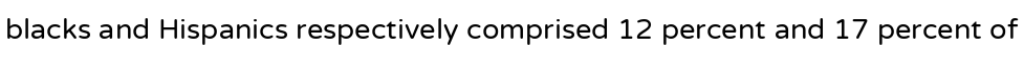
blacks and Hispanics respectively comprised 12 percent and 17 percent of